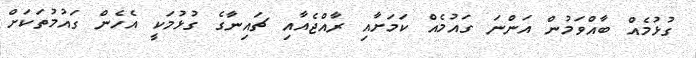
ގުޅުމެއް ބާއްވަމުން އަންނަ ގައުމެއް ކަމަށާއި ރާއްޖެއާއި ޗައިނާގެ ގުޅުމަކީ އެހެން ގައުމުތަކަށް